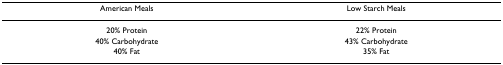
| American Meals | Low Starch Meals |
 | --- | --- |
 | 20% Protein | 22% Protein |
 | 40% Carbohydrate | 43% Carbohydrate |
 | 40% Fat | 35% Fat |